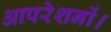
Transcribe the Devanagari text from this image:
आपरेशनों।